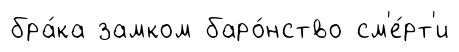
бра́ка замком баро́нство см'е́рт'и